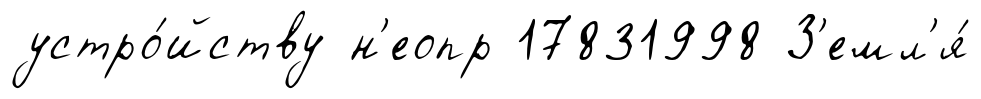
устро́йству н'еопр 17831998 З'емл'я́